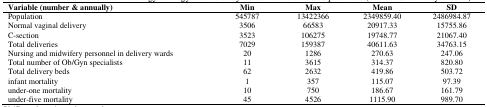
<table><thead><tr><td><b>Variable (number &amp; annually)</b></td><td><b>Min</b></td><td><b>Max</b></td><td><b>Mean</b></td><td><b>SD</b></td></tr></thead><tbody><tr><td>Population</td><td>545787</td><td>13422366</td><td>2349859.40</td><td>2486984.87</td></tr><tr><td>Normal vaginal delivery</td><td>3506</td><td>66583</td><td>20917.33</td><td>15755.86</td></tr><tr><td>C-section</td><td>3523</td><td>106275</td><td>19748.77</td><td>21067.40</td></tr><tr><td>Total deliveries</td><td>7029</td><td>159387</td><td>40611.63</td><td>34763.15</td></tr><tr><td>Nursing and midwifery personnel in delivery wards</td><td>20</td><td>1286</td><td>270.63</td><td>247.06</td></tr><tr><td>Total number of Ob/Gyn specialists</td><td>11</td><td>3615</td><td>314.37</td><td>820.80</td></tr><tr><td>Total delivery beds</td><td>62</td><td>2632</td><td>419.86</td><td>503.72</td></tr><tr><td>infant mortality</td><td>1</td><td>357</td><td>115.07</td><td>97.39</td></tr><tr><td>under-one mortality</td><td>10</td><td>750</td><td>186.67</td><td>161.79</td></tr><tr><td>under-five mortality</td><td>45</td><td>4526</td><td>1115.90</td><td>989.70</td></tr></tbody></table>